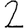
Digit: 2